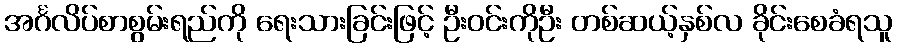
အင်္ဂလိပ်စာစွမ်းရည်ကို ရေးသားခြင်းဖြင့် ဦးဝင်းကိုဦး တစ်ဆယ့်နှစ်လ ခိုင်းစေခံရသူ